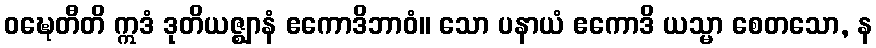
ဝဍ္ဎေတီတိ ဣဒံ ဒုတိယဇ္ဈာနံ ဧကောဒိဘာဝံ။ သော ပနာယံ ဧကောဒိ ယသ္မာ စေတသော, န